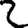
Digit: 2